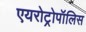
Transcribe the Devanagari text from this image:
एयरोट्रोपॉलिस